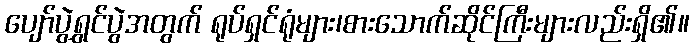
ပျော်ပွဲရွှင်ပွဲအတွက် ရုပ်ရှင်ရုံများ၊စားသောက်ဆိုင်ကြီးများလည်းရှိ၏။